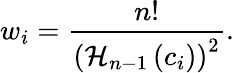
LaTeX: w_{i}=\frac{n!}{{\left(\mathcal{H}_{n-1}\left(c_{i}\right)\right)}^{2}}.